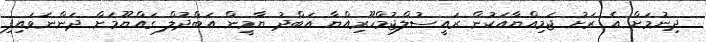
ދިނުމަށް އެ ރަށު ޖަމިއްޔާއަކުން ރައީސުލްޖުމްހޫރިއްޔާ އަބްދު ޔާމީން އަބްދުލް ގައްޔޫމަށް ދަންނަވައިފި